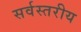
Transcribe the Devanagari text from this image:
सर्वस्तरीय